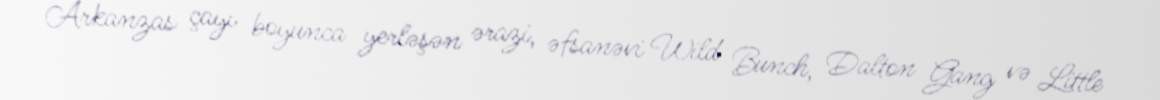
Arkanzas çayı boyunca yerləşən ərazi, əfsanəvi Wild Bunch, Dalton Gang və Little